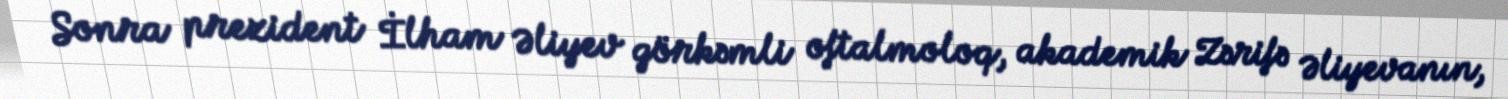
Sonra prezident İlham Əliyev görkəmli oftalmoloq, akademik Zərifə Əliyevanın,